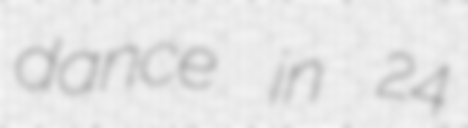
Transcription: dance in 24